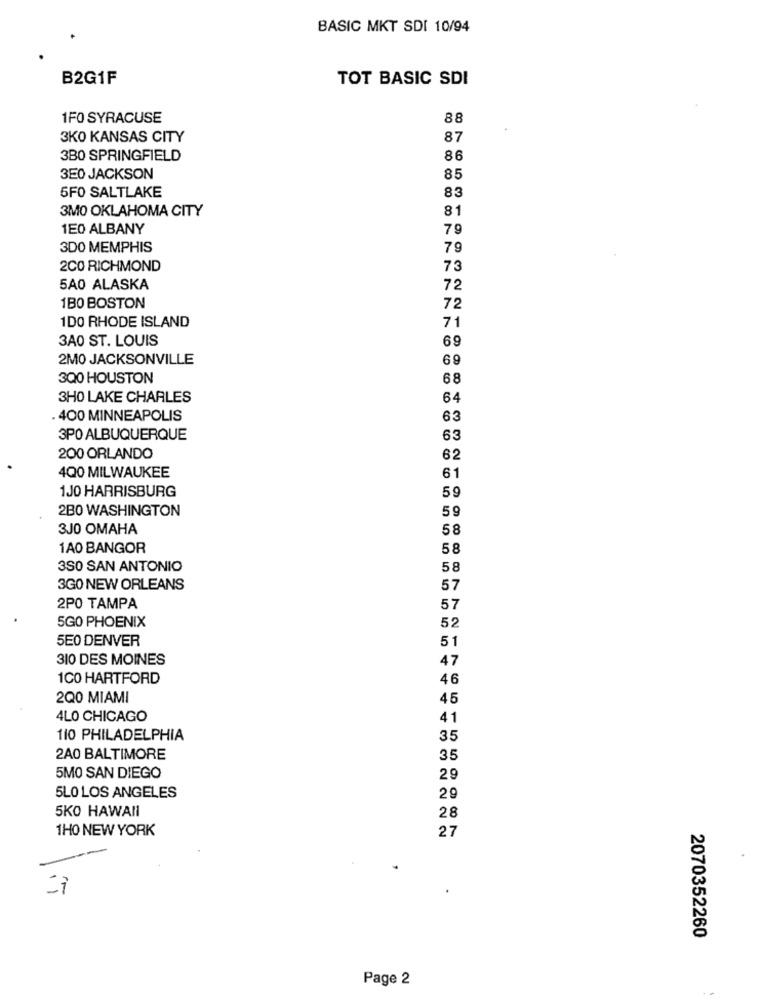
BASIC MKT SDI 10/94
B2G1F
TOT BASIC SDI
1FO SYRACUSE
88
3KO KANSAS CITY
87
3B0 SPRINGFIELD
86
3E0 JACKSON
85
5FO SALTLAKE
83
3MO OKLAHOMA CITY
81
1E0 ALBANY
79
3D0 MEMPHIS
79
2CO RICHMOND
73
5A0 ALASKA
72
1BO BOSTON
72
1DO RHODE ISLAND
71
3A0 ST. LOUIS
69
2MO JACKSONVILLE
69
300 HOUSTON
68
3H0 LAKE CHARLES
64
. 400 MINNEAPOLIS
63
3PO ALBUQUERQUE
63
200 ORLANDO
62
4Q0 MILWAUKEE
61
1J0 HARRISBURG
59
2B0 WASHINGTON
59
3JO OMAHA
58
1A0 BANGOR
58
3SO SAN ANTONIO
58
3G0 NEW ORLEANS
57
2PO TAMPA
57
5GO PHOENIX
52
5E0 DENVER
51
310 DES MOINES
47
1CO HARTFORD
46
2Q0 MIAMI
45
4LO CHICAGO
41
110 PHILADELPHIA
35
2A0 BALTIMORE
35
5MO SAN DIEGO
29
5LO LOS ANGELES
29
5KO HAWAII
28
1H0 NEW YORK
27
2070352260
Page 2